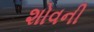
શોવની